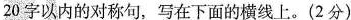
20字以内的对称句，写在下面的横线上。(2分)